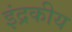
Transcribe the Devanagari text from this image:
इंद्रकीय